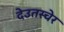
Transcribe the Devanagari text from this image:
देउतस्चेर